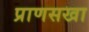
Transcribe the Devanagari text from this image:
प्राणसखा